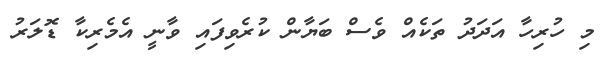
މި ހުރިހާ އަދަދު ތަކެއް ވެސް ބަޔާން ކުރެވިފައި ވާނީ އެމެރިކާ ޑޮލަރު